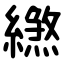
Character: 繺